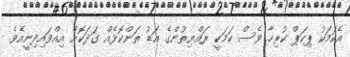
އެކަމަކު ޕިކަޕް ކުރިހާ ވެސް ކަމަކީ ރައްޔިތުންގެ އަޑު ތަންކޮޅެއް ގަދަކޮށް އިއްވައިދިނީއެވެ.